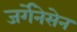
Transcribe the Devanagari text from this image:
जर्गेनेसेन